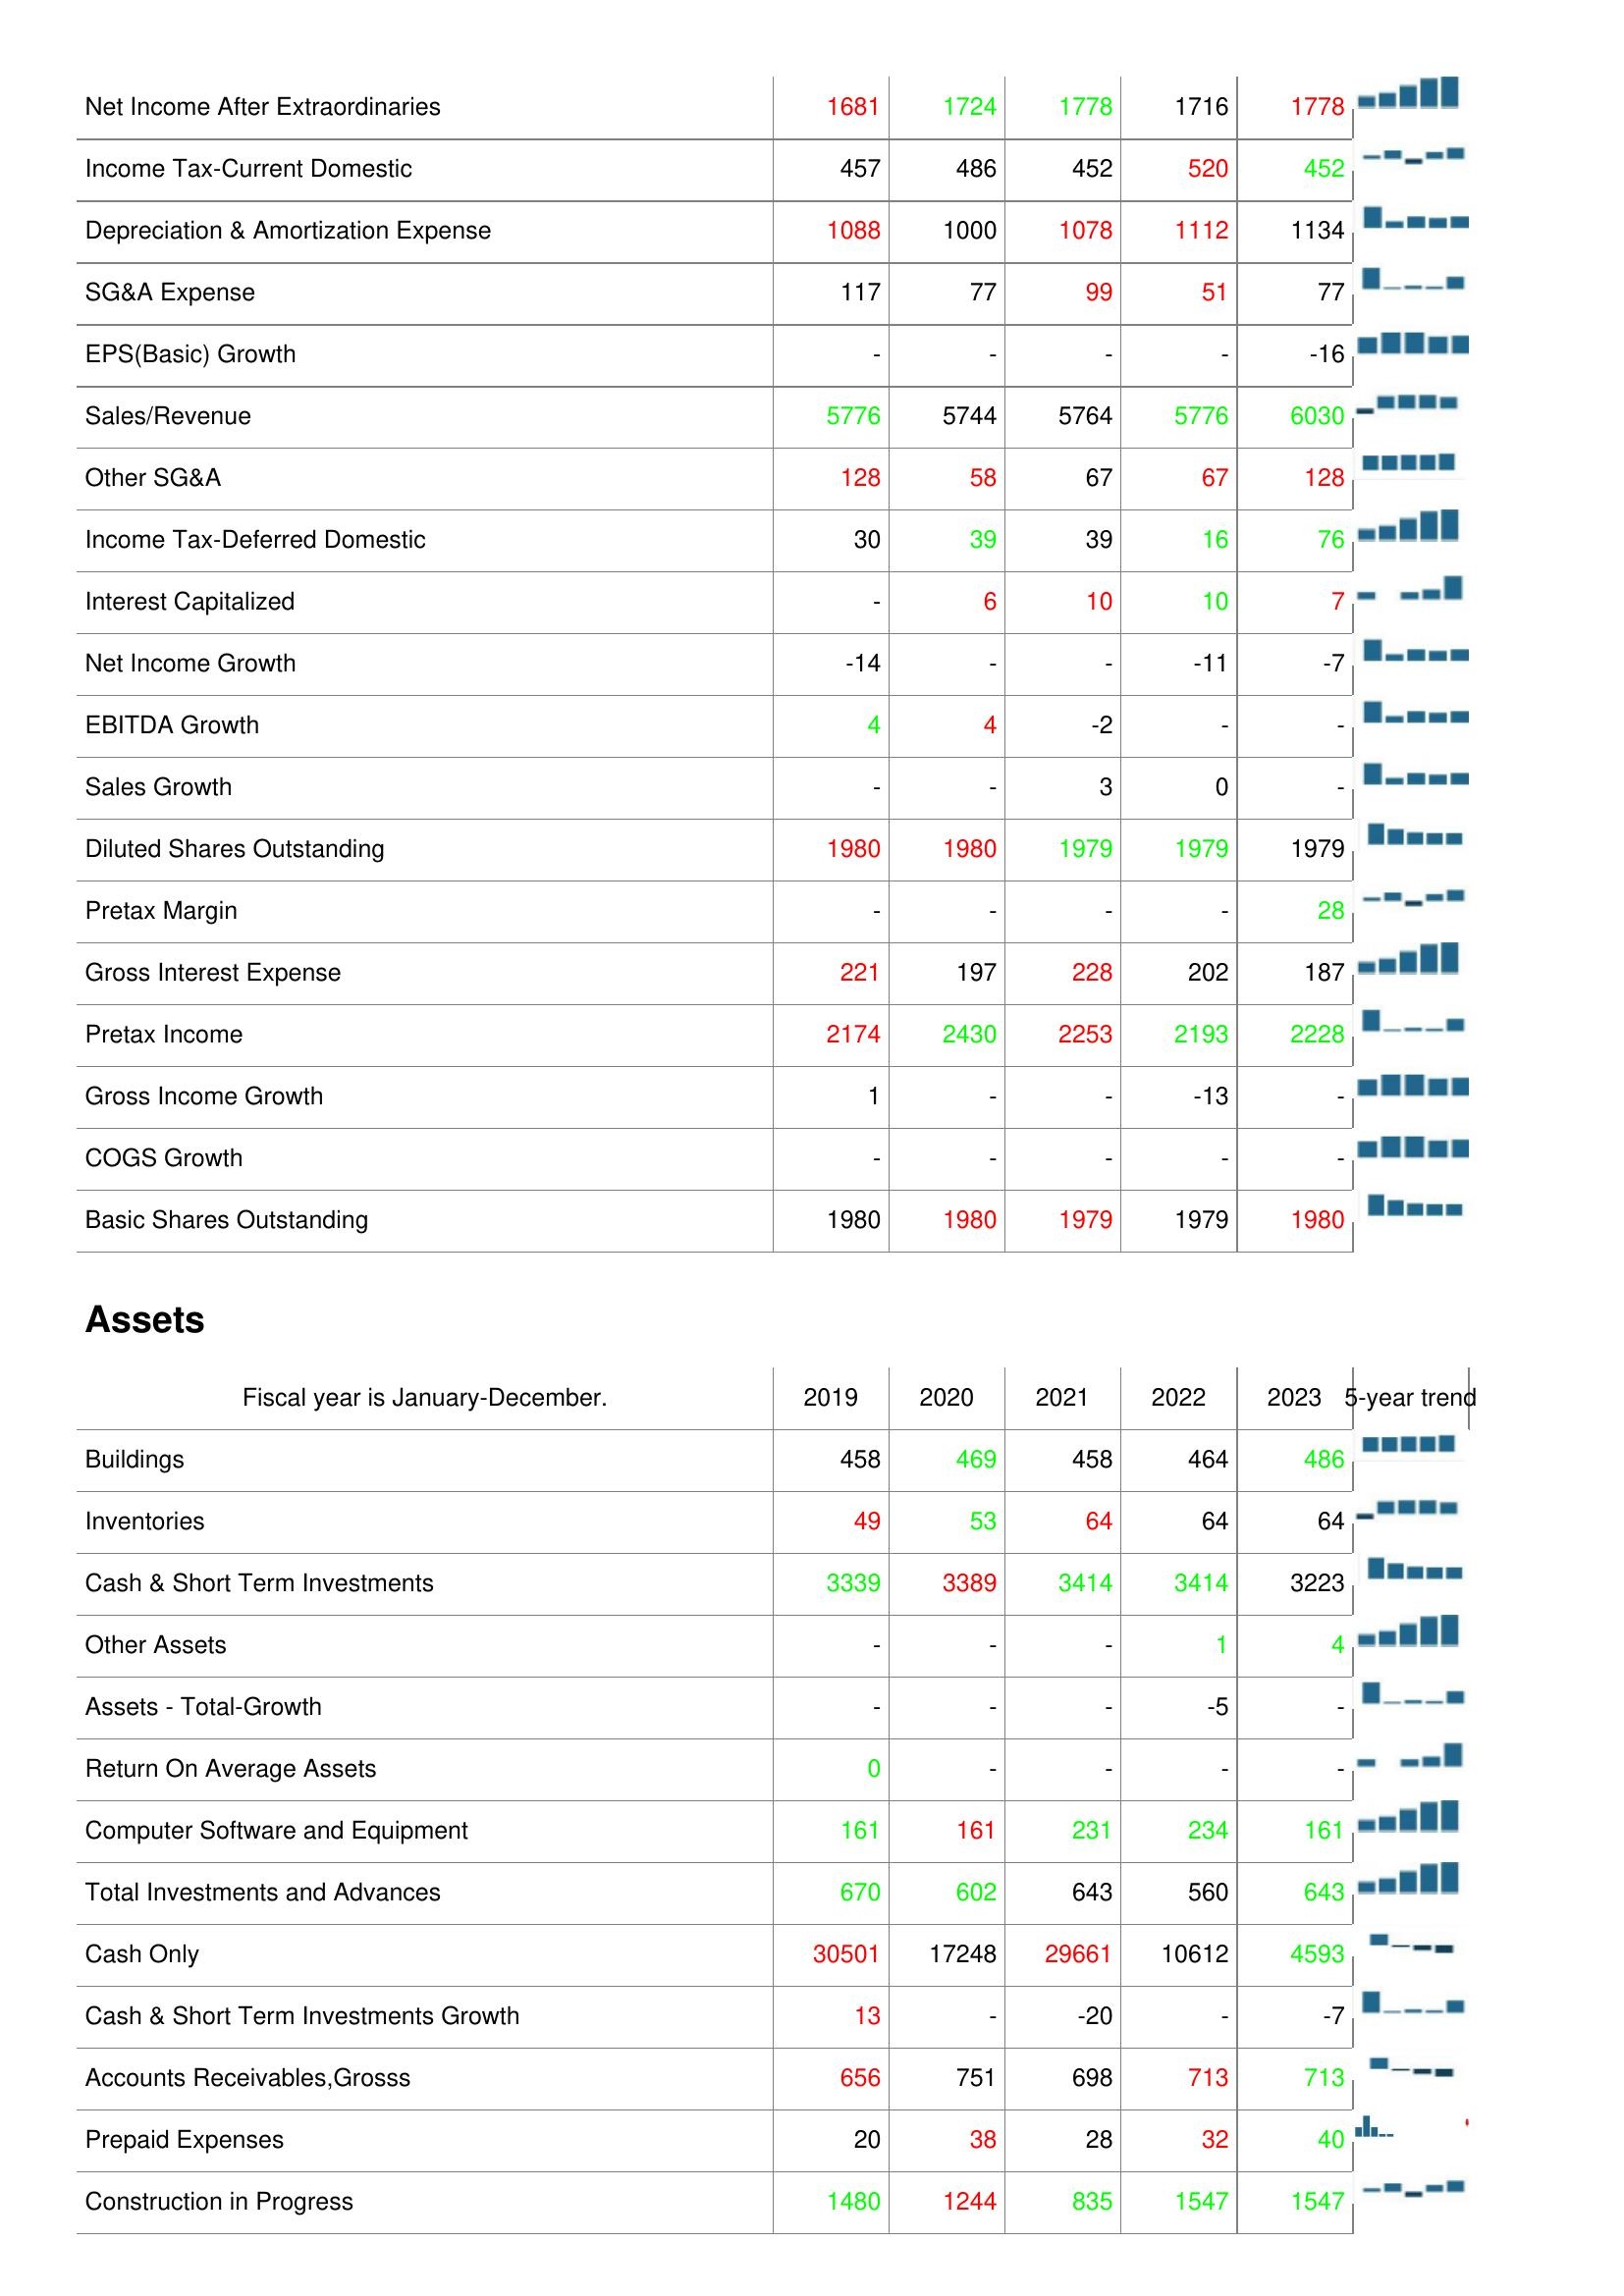
2019: : Net Income After Extraordinaries: 1681
Income Tax-Current Domestic: 457
Depreciation & Amortization Expense: 1088
SG&A Expense: 117
EPS(Basic) Growth: -
Sales/Revenue: 5776
Other SG&A: 128
Income Tax-Deferred Domestic: 30
Interest Capitalized: -
Net Income Growth: -14
EBITDA Growth: 4
Sales Growth: -
Diluted Shares Outstanding: 1980
Pretax Margin: -
Gross Interest Expense: 221
Pretax Income: 2174
Gross Income Growth: 1
COGS Growth: -
Basic Shares Outstanding: 1980
Assets: Buildings: 458
Inventories: 49
Cash & Short Term Investments: 3339
Other Assets: -
Assets - Total-Growth: -
Return On Average Assets: 0
Computer Software and Equipment: 161
Total Investments and Advances: 670
Cash Only: 30501
Cash & Short Term Investments Growth: 13
Accounts Receivables,Grosss: 656
Prepaid Expenses: 20
Construction in Progress: 1480
2020: : Net Income After Extraordinaries: 1724
Income Tax-Current Domestic: 486
Depreciation & Amortization Expense: 1000
SG&A Expense: 77
EPS(Basic) Growth: -
Sales/Revenue: 5744
Other SG&A: 58
Income Tax-Deferred Domestic: 39
Interest Capitalized: 6
Net Income Growth: -
EBITDA Growth: 4
Sales Growth: -
Diluted Shares Outstanding: 1980
Pretax Margin: -
Gross Interest Expense: 197
Pretax Income: 2430
Gross Income Growth: -
COGS Growth: -
Basic Shares Outstanding: 1980
Assets: Buildings: 469
Inventories: 53
Cash & Short Term Investments: 3389
Other Assets: -
Assets - Total-Growth: -
Return On Average Assets: -
Computer Software and Equipment: 161
Total Investments and Advances: 602
Cash Only: 17248
Cash & Short Term Investments Growth: -
Accounts Receivables,Grosss: 751
Prepaid Expenses: 38
Construction in Progress: 1244
2021: : Net Income After Extraordinaries: 1778
Income Tax-Current Domestic: 452
Depreciation & Amortization Expense: 1078
SG&A Expense: 99
EPS(Basic) Growth: -
Sales/Revenue: 5764
Other SG&A: 67
Income Tax-Deferred Domestic: 39
Interest Capitalized: 10
Net Income Growth: -
EBITDA Growth: -2
Sales Growth: 3
Diluted Shares Outstanding: 1979
Pretax Margin: -
Gross Interest Expense: 228
Pretax Income: 2253
Gross Income Growth: -
COGS Growth: -
Basic Shares Outstanding: 1979
Assets: Buildings: 458
Inventories: 64
Cash & Short Term Investments: 3414
Other Assets: -
Assets - Total-Growth: -
Return On Average Assets: -
Computer Software and Equipment: 231
Total Investments and Advances: 643
Cash Only: 29661
Cash & Short Term Investments Growth: -20
Accounts Receivables,Grosss: 698
Prepaid Expenses: 28
Construction in Progress: 835
2022: : Net Income After Extraordinaries: 1716
Income Tax-Current Domestic: 520
Depreciation & Amortization Expense: 1112
SG&A Expense: 51
EPS(Basic) Growth: -
Sales/Revenue: 5776
Other SG&A: 67
Income Tax-Deferred Domestic: 16
Interest Capitalized: 10
Net Income Growth: -11
EBITDA Growth: -
Sales Growth: 0
Diluted Shares Outstanding: 1979
Pretax Margin: -
Gross Interest Expense: 202
Pretax Income: 2193
Gross Income Growth: -13
COGS Growth: -
Basic Shares Outstanding: 1979
Assets: Buildings: 464
Inventories: 64
Cash & Short Term Investments: 3414
Other Assets: 1
Assets - Total-Growth: -5
Return On Average Assets: -
Computer Software and Equipment: 234
Total Investments and Advances: 560
Cash Only: 10612
Cash & Short Term Investments Growth: -
Accounts Receivables,Grosss: 713
Prepaid Expenses: 32
Construction in Progress: 1547
2023: : Net Income After Extraordinaries: 1778
Income Tax-Current Domestic: 452
Depreciation & Amortization Expense: 1134
SG&A Expense: 77
EPS(Basic) Growth: -16
Sales/Revenue: 6030
Other SG&A: 128
Income Tax-Deferred Domestic: 76
Interest Capitalized: 7
Net Income Growth: -7
EBITDA Growth: -
Sales Growth: -
Diluted Shares Outstanding: 1979
Pretax Margin: 28
Gross Interest Expense: 187
Pretax Income: 2228
Gross Income Growth: -
COGS Growth: -
Basic Shares Outstanding: 1980
Assets: Buildings: 486
Inventories: 64
Cash & Short Term Investments: 3223
Other Assets: 4
Assets - Total-Growth: -
Return On Average Assets: -
Computer Software and Equipment: 161
Total Investments and Advances: 643
Cash Only: 4593
Cash & Short Term Investments Growth: -7
Accounts Receivables,Grosss: 713
Prepaid Expenses: 40
Construction in Progress: 1547